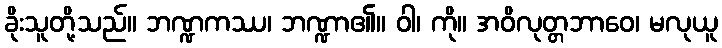
ခိုးသူတို့သည်။ ဘဏ္ဍကဿ၊ ဘဏ္ဍာ၏။ ဝါ၊ ကို။ အဝိလုတ္တဘာဝေ၊ မလုယူ